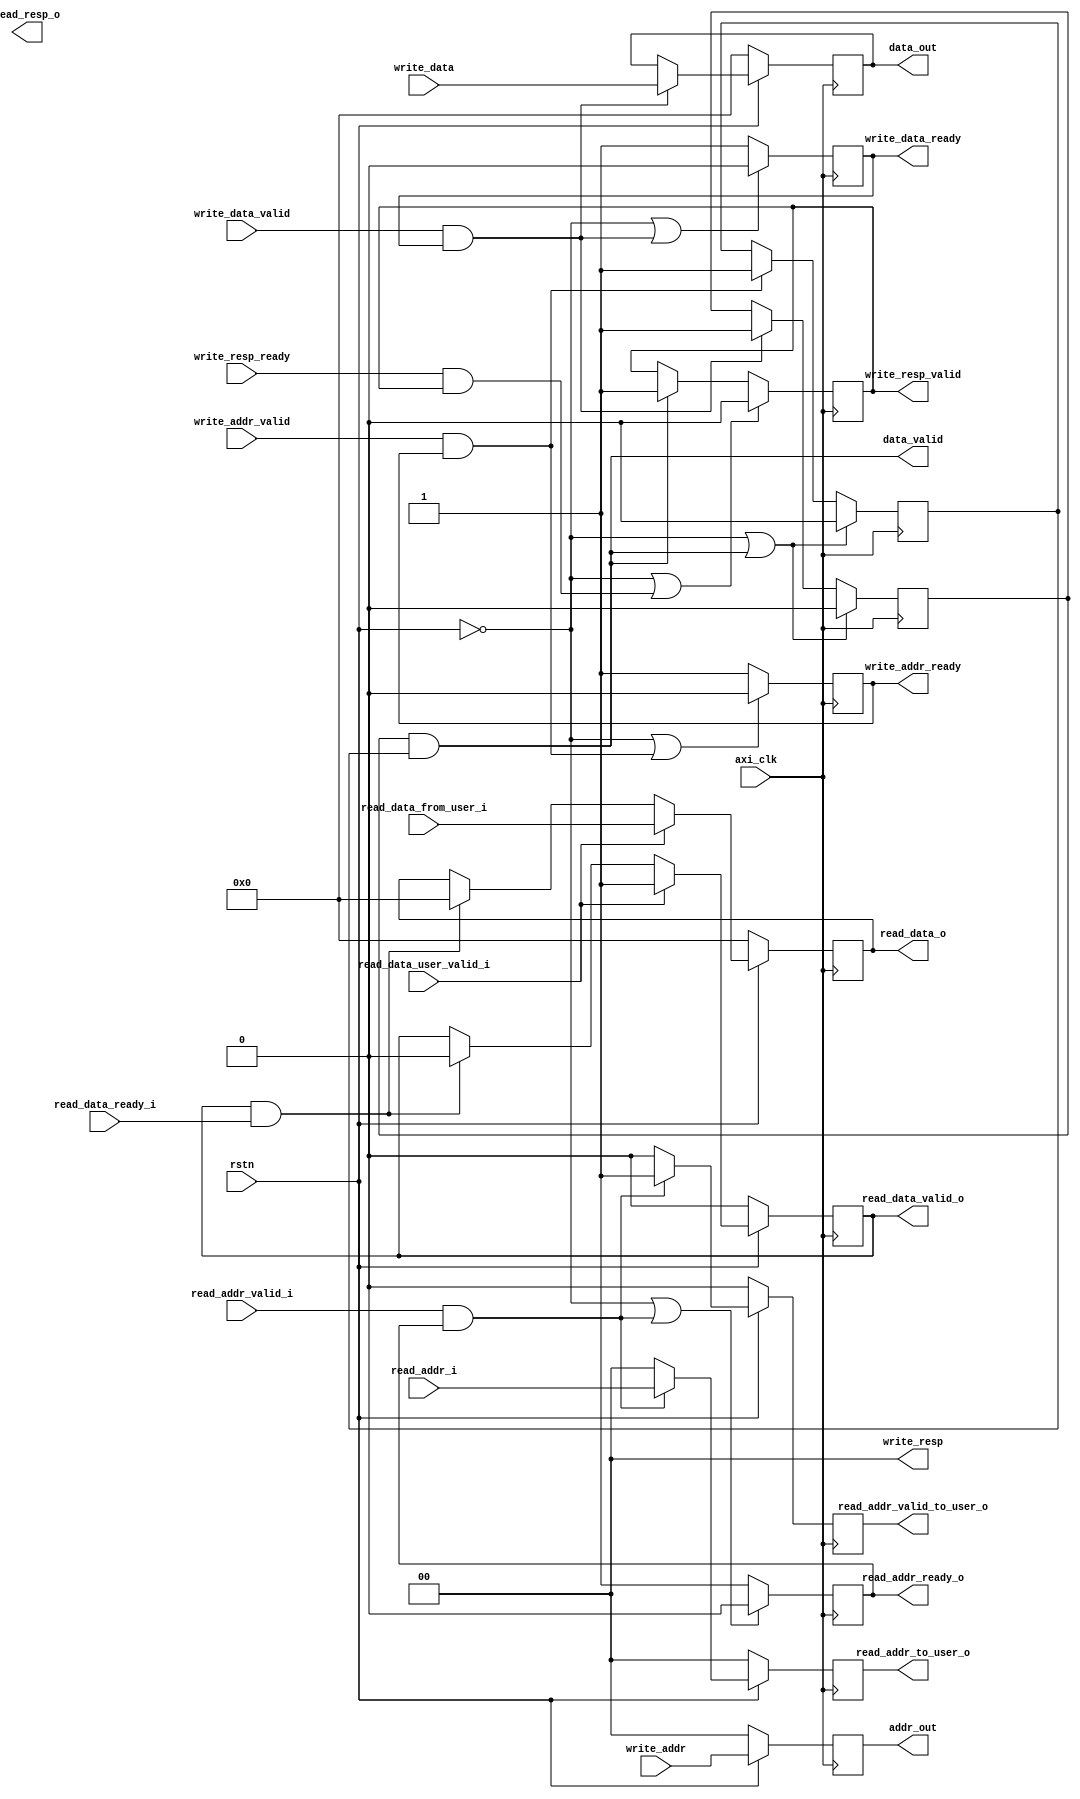
module axi_write_logic(
	input axi_clk,
	input rstn, //axi is reset low

    //write logic
	input [1:0] write_addr,
	input write_addr_valid,
	output reg write_addr_ready,

	input [31:0] write_data,
	input write_data_valid,
	output reg write_data_ready,

    input write_resp_ready,
    output reg write_resp_valid,
    output [1:0] write_resp,

    //read logic
    input [1:0] read_addr_i,
    input read_addr_valid_i,
    output reg read_addr_ready_o,

    output [31:0] read_data_o,
    output read_data_valid_o,
    input read_data_ready_i,
    output [1:0] read_resp_o,

    output [31:0] data_out, //data output to external logic
    output [1:0] addr_out,  //address output to external logic
    output data_valid,		//signal indicating output data and address are valid

    /* we don't need valid/ready signal here, axi4-lite would be used by fifo or ram */
    output [1:0] read_addr_to_user_o,
    output reg read_addr_valid_to_user_o,

    input read_data_user_valid_i,
    input [31:0] read_data_from_user_i
);

//flip flops for latching data, addr is 4 bytes aligned
reg [31:0] data_latch;
reg [1:0] addr_latch;
reg [1:0] addr_latch_delay;
reg data_done;
reg addr_done;

reg [31:0] read_data_latch;
reg [1:0] read_addr_latch;
reg read_data_latched;

assign data_out = data_latch;
assign addr_out = addr_latch;
/* this signal only keep assert for one clock, this could cause problem */
assign data_valid = data_done & addr_done;

assign read_addr_to_user_o = read_addr_latch;
assign read_data_o = read_data_latch;
assign read_data_valid_o = read_data_latched;

always@(posedge axi_clk)
begin
    addr_latch_delay <= addr_latch;
end

/* write address handshake*/
always@(posedge axi_clk)
begin
    if(~rstn | (write_addr_valid & write_addr_ready))
        write_addr_ready <= 0;
    else
        write_addr_ready <= 1;
end

/* write data handshake*/
always@(posedge axi_clk)
begin
    if(~rstn | (write_data_valid & write_data_ready))
        write_data_ready <= 0;
    else
        write_data_ready <= 1;
end

always@(posedge axi_clk)
begin
    if(~rstn) begin
        data_latch <= 32'd0;
        addr_latch <= 2'd0;
    end else begin
        if(write_data_valid & write_data_ready)
            data_latch <= write_data;

        if(write_addr_valid & write_addr_ready);
            addr_latch <= write_addr;
    end
end

always@(posedge axi_clk)
begin
    if(~rstn | (data_done & addr_done)) begin
        data_done <= 1'd0;
        addr_done <= 1'd0;
    end else begin
        if(write_data_valid & write_data_ready)
            data_done <= 1'd1;
        if(write_addr_valid & write_addr_ready)
            addr_done <= 1'd1;
    end
end

assign write_resp = 2'd0; // always indicate OKAY status for write
always@(posedge axi_clk)
begin
    if(~rstn | (write_resp_ready & write_resp_valid))
        write_resp_valid <= 1'd0;
    else if(data_done & addr_done)
        write_resp_valid <= 1'd1;
end

//read logic start here.
always@(posedge axi_clk)
begin
    if(~rstn | (read_addr_valid_i & read_addr_ready_o))
        read_addr_ready_o <= 0;
    else
        read_addr_ready_o <= 1;
end

always@(posedge axi_clk)
begin
    if(~rstn) begin
        read_addr_latch <= 2'd0 ;
        read_addr_valid_to_user_o <= 1'd0;
    end else if(read_addr_valid_i & read_addr_ready_o) begin
        read_addr_latch <= read_addr_i;
        read_addr_valid_to_user_o <= 1'd1; // valid only keep high for 1 clock.
    end else begin
        read_addr_latch <= 2'd0 ;
        read_addr_valid_to_user_o <= 1'd0;
    end
end

always@(posedge axi_clk)
begin
    if(~rstn) begin
        read_data_latch <= 32'd0;
        read_data_latched <= 1'd0;
    end else if(read_data_user_valid_i) begin
        read_data_latch <= read_data_from_user_i;
        read_data_latched <= 1'd1;
    end else if(read_data_latched & read_data_ready_i) begin
        read_data_latch <= 32'd0;
        read_data_latched <= 1'd0;
    end
end

endmodule